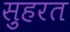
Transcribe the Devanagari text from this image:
स़ुहरत